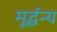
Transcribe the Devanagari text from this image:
मूर्द्धन्य